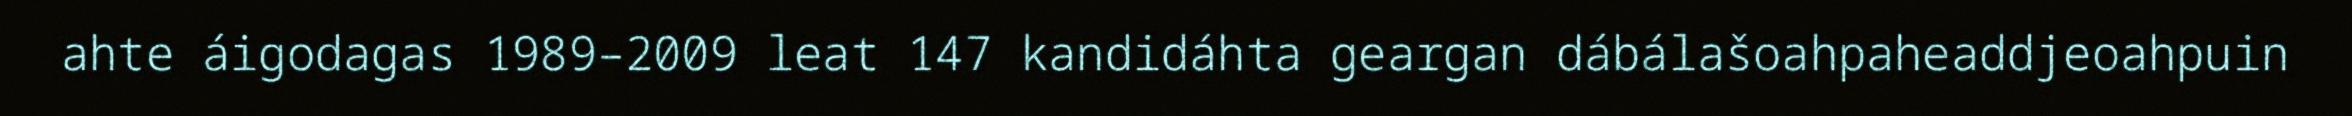
ahte áigodagas 1989–2009 leat 147 kandidáhta geargan dábálašoahpaheaddjeoahpuin